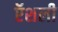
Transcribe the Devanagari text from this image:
ऍशली